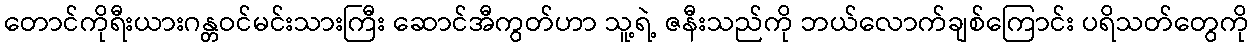
တောင်ကိုရီးယားဂန္တဝင်မင်းသားကြီး ဆောင်အီကွတ်ဟာ သူ့ရဲ့ ဇနီးသည်ကို ဘယ်လောက်ချစ်ကြောင်း ပရိသတ်တွေကို